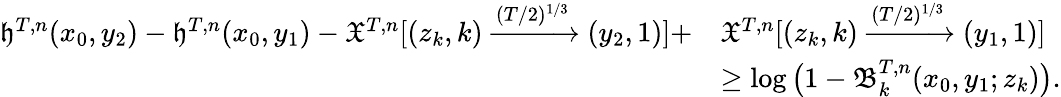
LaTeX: \begin{array}{rl}{\mathfrak{h}^{T,n}(x_{0},y_{2})-\mathfrak{h}^{T,n}(x_{0},y_{1})-\mathfrak{X}^{T,n}[(z_{k},k)\xrightarrow{(T/2)^{1/3}}(y_{2},1)]+}&{\mathfrak{X}^{T,n}[(z_{k},k)\xrightarrow{(T/2)^{1/3}}(y_{1},1)]}\\ &{\geq\log\big(1-\mathfrak{B}_{k}^{T,n}(x_{0},y_{1};z_{k})\big).}\end{array}